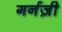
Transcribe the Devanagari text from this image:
गर्नज़ी